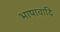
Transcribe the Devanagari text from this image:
भाषावादि